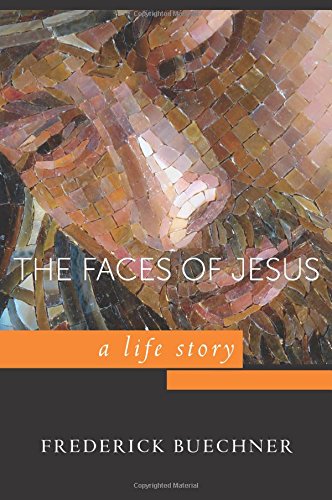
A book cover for Faces of Jesus: A Life Story; Frederick Buechner; Christian Books & Bibles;